Calcutta medical institutions reports 1879-81 [i.e.91]
Year: 1879
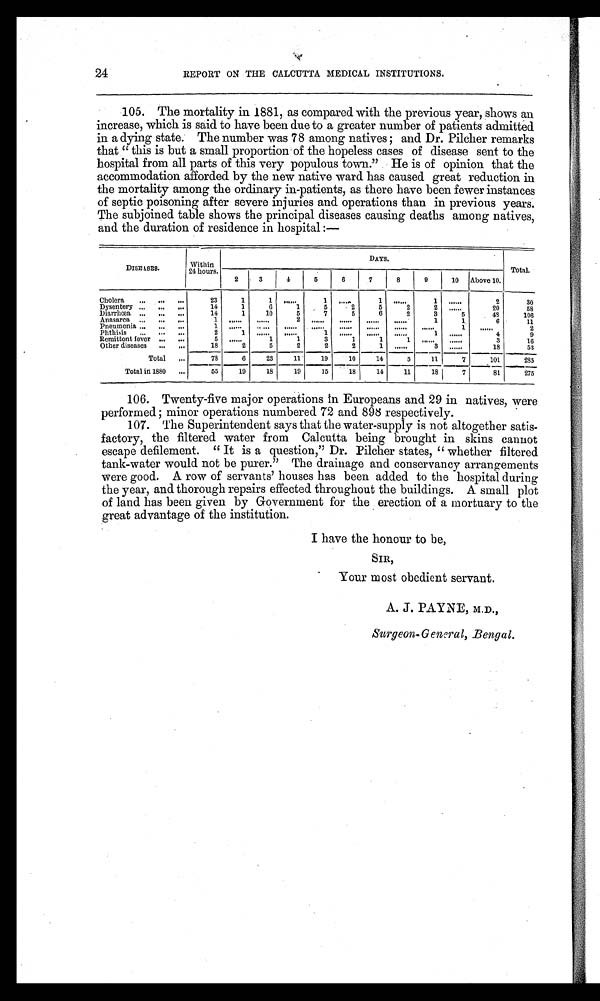
24
REPORT ON THE CALCUTTA MEDICAL INSTITUTIONS.
105. The mortality in 1881, as compared with the previous year, shows an
increase, which is said to have been due to a greater number of patients admitted
in a dying state. The number was 78 among natives and Dr. Pilcher remarks
that " this is but a small proportion of the hopeless cases of disease sent to the
hospital from all parts of this very populous town." He is of opinion that the
accommodation afforded by the new native ward has caused great reduction in
the mortality among the ordinary in-patients, as there have been fewer instances
of septic poisoning after severe injuries and operations than in previous years.
The subjoined table shows the principal diseases causing deaths among natives,
and the duration of residence in hospital :—
DISEASES.
Within
24 hours.
DAYS.
Total.
2
3
4
5
6
7
8
9 10 Above 10.
Cholera
23
1
1 ......
1
. . . . . .
1
. . . . . .
1
. . . . . .
2
30
Dysentery
14
1
6
1
5
2
5
2
2 ......
20
58
Diarrhœa
14
1
10
5
7
5
6
2
3
5
48
106
Anasarca
1
. . . . . .
. . . . . .
2
. . . . . .
. . . . . .
. . . . . .
. . . . . .
1
1
6
11
Pneumonia
1
. . . . . .
. . . . . .
. . . . . .
. . . . . .
. . . . . .
. . . . . .
. . . . . .
. . . . . .
1
. . . . . .
2
Phthisis
2
1
. . . . . .
. . . . . .
1
. . . . . .
. . . . . .
. . . . . .
1
. . . . . .
4
9
Remittent fever
5 ......
1
1
3
1
1
1
. . . . . .
. . . . . .
3
1 6
Other diseases
18
2
5
2
2
2
1
. . . . . .
3
. . . . . .
18
5 3
Total
78
6
23
11
19
10
14
5
11
7
_
101
2 8 5
Total in 1880
55
19
18
19
15
1 8
14
11
18
7
81
275
106. Twenty-five major operations In Europeans and 29 in natives, were
performed; minor operations numbered 72 and 898 respectively.
107. The Superintendent says that the water-supply is not altogether satis-
factory, the filtered water from Calcutta being brought in skins cannot
escape defilement. " It is a question," Dr. Filcher states, " whether filtered
tank-water would not be purer." The drainage and conservancy arrangements
were good. A row of servants' houses has been added to the hospital during
the year, and thorough repairs effected throughout the buildings. A small plot
of land has been given by Government for the erection of a mortuary to the
great advantage of the institution.
I have the honour to be,
SIR,
Your most obedient servant.
A. J. PAYNE, M,D.,
Surgeon-General, Bengal.